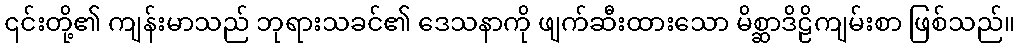
၎င်းတို့၏ ကျန်းမာသည် ဘုရားသခင်၏ ဒေသနာကို ဖျက်ဆီးထားသော မိစ္ဆာဒိဠိကျမ်းစာ ဖြစ်သည်။